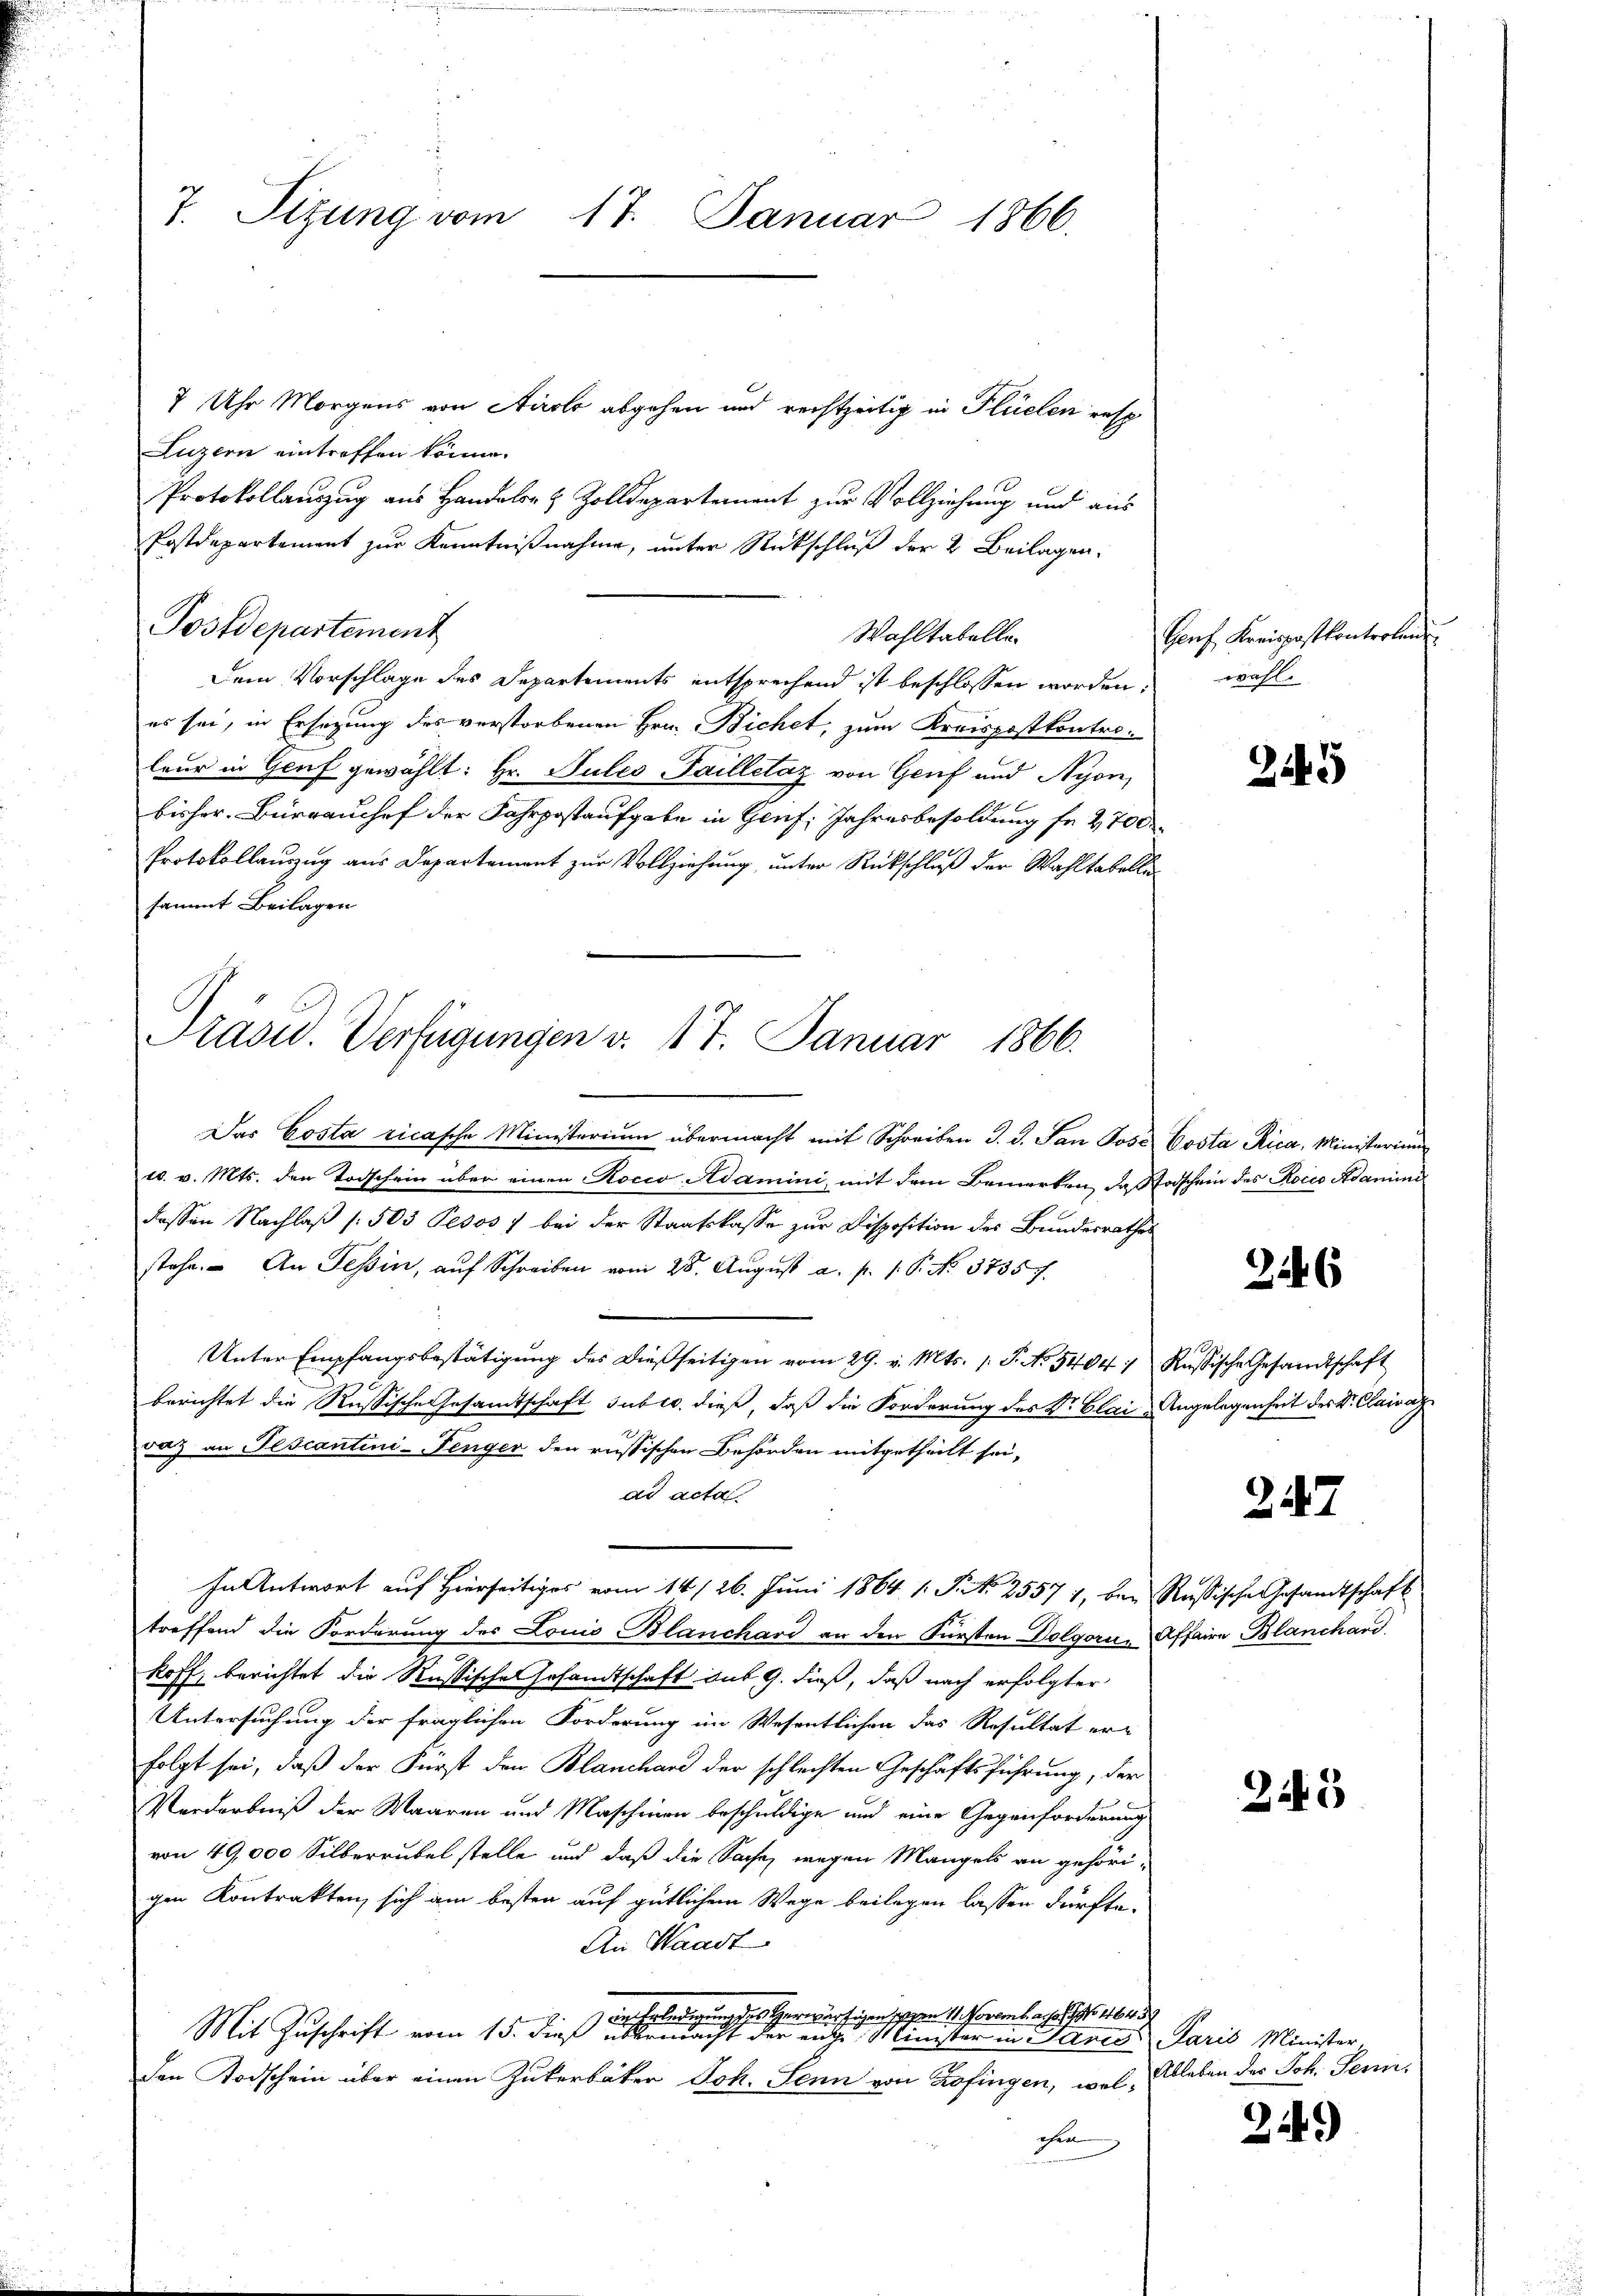
7. Sitzung vom 17. Januar 1866.

7 Uhr Morgens von Airolo abgehen und rechtzeitig in Flüelen resp
Luzern eintreffen könne.
Protokollauszug aus Handels- & Zolldepartement zur Vollziehung und aus
Postdepartement zur Kenntnißnahme, unter Rückschluß der 2. Beilagen.
Dem Vorschlage des Departements entsprechend ist beschlossen worden.
es sei, in Ersatzung des verstorbenen Hrn. Bichet, zum Kreispostkontroleur in Genf gewählt: Hr. Puleo-Failletaz von Genf und Nyon,
bisher. Bürrauchef der Fahrpostaufgabe in Genf, Jahresbesoldung fr 2,700
Protokollauszug aus Departement zur Vollziehung, unter Rückschluß der Wahltabellasammt Beilagen

Postdepartement

Wahltabelle

Präsid. Verfügungen v. 17. Januar 1866.

Das Costa ricasche Ministerium übermacht mit Schreiben J. G. San Jose Costa Rica, Ministerium
t. v. Mts. den Todschein über einen Rocco Adamini mit dem Bemerken, das Todschein des Rocco Adaminidassen Nachlaß [503 Pesos 7 bei der Staatskasse zur Disposition des Bundesrathes
stehe. An Tessin, aŭf Schreiben vom 28. Aŭgŭst a. p. 1. P. No. 37357.
Unter Empfangsbestätigung des dießseitigen vom 29. v. Mts. s. S. No. 5404: Russische Gesandtschaft
berichtet die Russische Gesamtschaft subtr. dieß, daß die Forderung des Dr. Clai-Angelegenheit des Dr. Clairag
vaz an Jescantini-Fenger den russischen Behörden mitgetheilt sei,
ad acta
In Antwort auf Hierseitiges vom 14./26. Juni 1864 1. P. Nr. 25571, bei Russische Gesandtschaft
treffend die Forderung des Louis Blanchard an den Fürsten Dolgoris Affaire Blanchard,
koff, berichtet die Russische Gesandtschaft sub 9. dieß, daß nach erfolgter
Untersuchung der fraglichen Forderung im Wesentlichen das Resultat er-
folgt sei, daß der Fürst der Blanchard der schlechten Geschäftsführung, der
Verdarbniß der Waaren und Maschinen beschuldige und eine Gegenforderung
von 49,000 Silberrubel stelle und daß die Sache, wegen Mangels an gehöri-
gen Kontrakten, sich am besten auf gütlichem Wege beilegen lassen dürfte.
An Waadt
in Erledigung des Herwärtigen, den 1. Novemb. also 19. 464. 8
Mit Zuschrift vom 15. dieß übermacht der ente Minister in Janes Paris Minister.
den Todschein über einen Zukerbäker Joh. Senn von Zofingen, wol, Ableben des Joh. Seni
chen

Genf, Kreispostkontrolen
wahl.

2445

316

2147

23

249